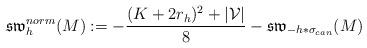
LaTeX: \begin{align*}\mathfrak{sw}^{norm}_h(M):=-\frac{(K+2r_h)^2+|\mathcal{V}|}{8}-\mathfrak{sw}_{-h*\sigma_{can}}(M)\end{align*}